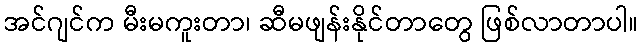
အင်ဂျင်က မီးမကူးတာ၊ ဆီမဖျန်းနိုင်တာတွေ ဖြစ်လာတာပါ။